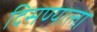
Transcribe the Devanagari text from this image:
दिसण्याला